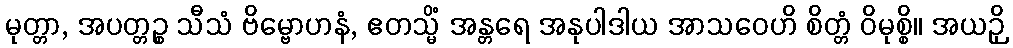
မုတ္တာ, အပတ္တဉ္စ သီသံ ဗိမ္ဗောဟနံ, ဧတသ္မိံ အန္တရေ အနုပါဒါယ အာသဝေဟိ စိတ္တံ ဝိမုစ္စိ။ အယဉှိ